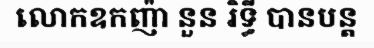
លោកឧកញ៉ា នួន រិទ្ធី បានបន្ត